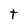
Character: t